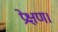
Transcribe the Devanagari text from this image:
प्रेक्षण।